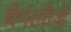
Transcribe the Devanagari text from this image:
बैंगलौर्ड